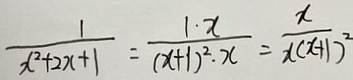
\frac { 1 } { x ^ { 2 } + 2 x + 1 } = \frac { 1 \cdot x } { ( x + 1 ) ^ { 2 } \cdot x } = \frac { x } { x ( x + 1 ) ^ { 2 } }